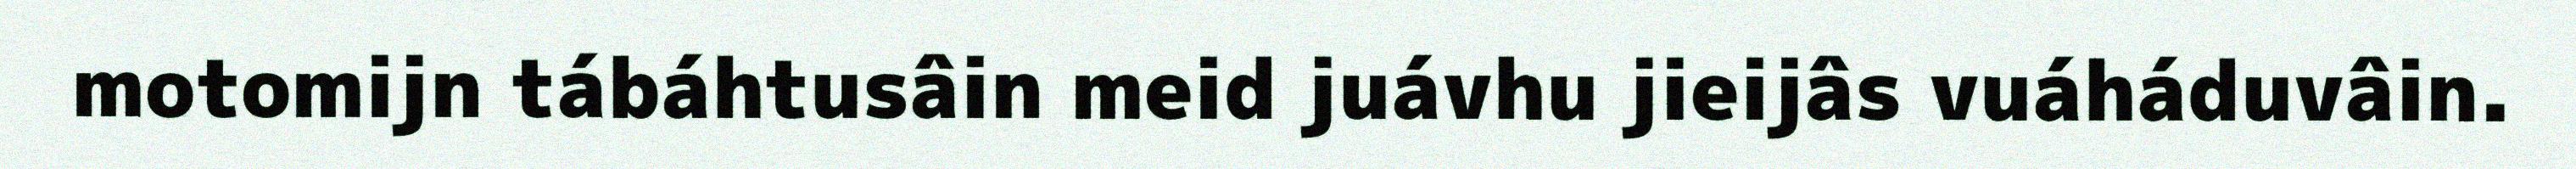
motomijn tábáhtusâin meid juávhu jieijâs vuáháduvâin.